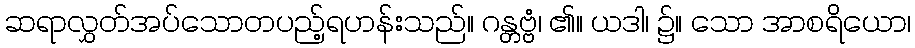
ဆရာလွှတ်အပ်သောတပည့်ရဟန်းသည်။ ဂန္တဗ္ဗံ၊ ၏။ ယဒါ၊ ၌။ သော အာစရိယော၊